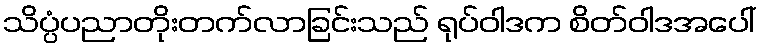
သိပ္ပံပညာတိုးတက်လာခြင်းသည် ရုပ်ဝါဒက စိတ်ဝါဒအပေါ်